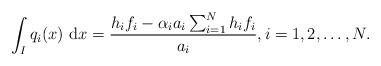
LaTeX: \begin{align*} \int_{I} q_i(x) ~\mathrm{d} x = \frac{h_if_i- \alpha_ia_i\sum_{i=1}^N h_i f_i}{a_i}, i=1,2,\dots, N. \end{align*}